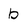
Character: b